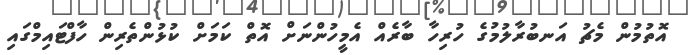
އޮތުމުން މެޗު އަނބުރާލުމުގެ ހުރިހާ ބާރެއް އެމީހުންނަށް އޮތް ކަމަށް ކުޅުންތެރިން ހާފްޓައިމްގައި